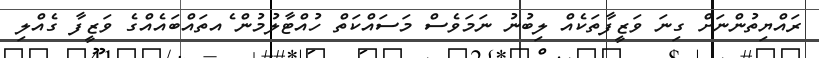
ރައްޔިތުންނަށް ގިނަ ވަޒީފާތަކެއް ލިބުނު ނަމަވެސް މަސައްކަތް ހުއްޓާލުމުން ެއތައްބައެއްގެ ވަޒީފާ ގެއްލި